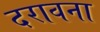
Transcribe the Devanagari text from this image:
दरावना